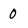
Character: 0